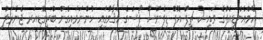
އެމްއެންޑީއެފްގެ ވައިސް ޗީފް އޮފް ޑިފެންސް ފޯސްގެ މަޤާމުގައި ހުންނަވައިގެން ބްރިގޭޑިއަރ ޖެނެރަލް